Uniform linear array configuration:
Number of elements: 16
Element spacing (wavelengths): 0.75
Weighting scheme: hamming
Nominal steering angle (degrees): -60
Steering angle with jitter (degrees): -60.204
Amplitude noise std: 0.05
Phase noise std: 0.05

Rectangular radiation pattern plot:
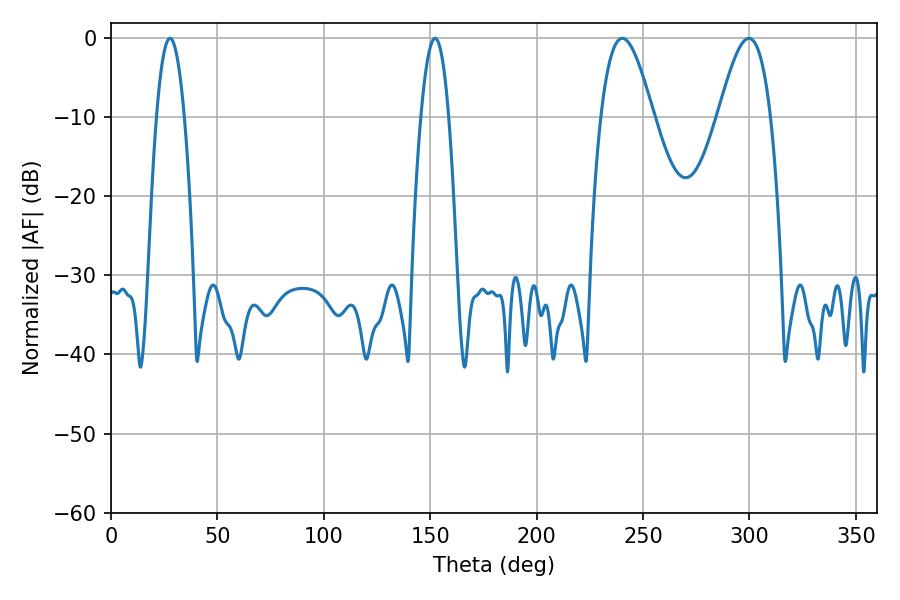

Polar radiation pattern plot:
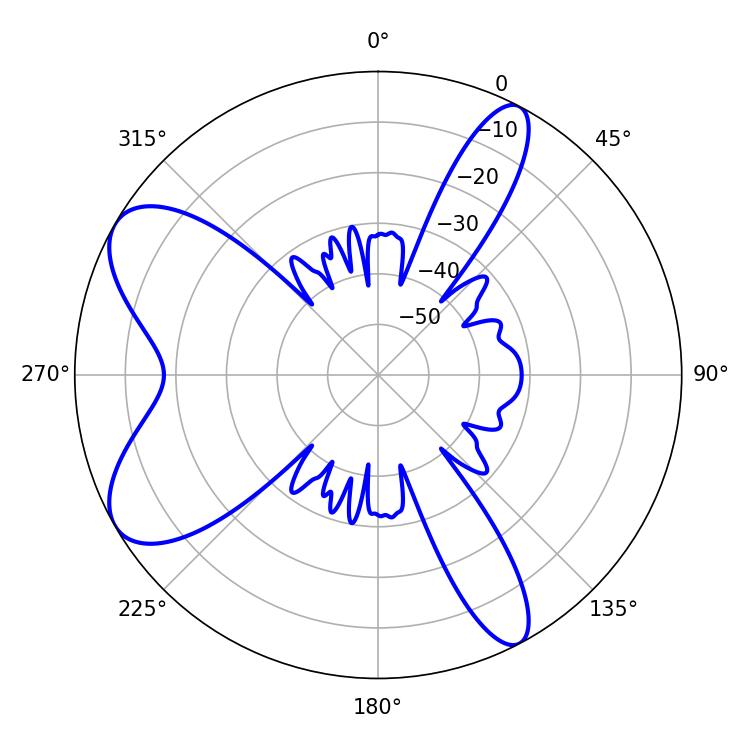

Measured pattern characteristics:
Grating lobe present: TRUE
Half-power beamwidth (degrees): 7.2
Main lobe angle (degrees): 152.28